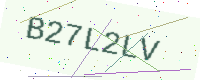
Text: B27L2LV